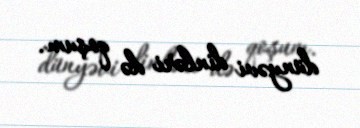
dünyəvi dinləri də qoşum.